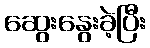
ဆွေးနွေးခဲ့ပြီး